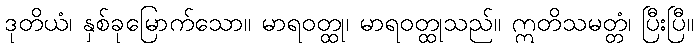
ဒုတိယံ၊ နှစ်ခုမြောက်သော။ မာရဝတ္ထု၊ မာရဝတ္ထုသည်။ ဣတိသမတ္တံ၊ ပြီးပြီ။